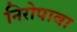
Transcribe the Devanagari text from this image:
निरोपावा